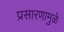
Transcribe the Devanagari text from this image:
प्रसारणामुळे